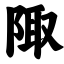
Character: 陬